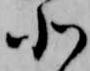
北